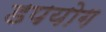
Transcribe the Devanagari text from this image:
डपयोग